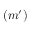
{ ( m ^ { \prime } ) }